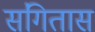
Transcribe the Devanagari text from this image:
संगितास